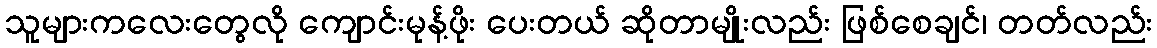
သူများကလေးတွေလို ကျောင်းမုန့်ဖိုး ပေးတယ် ဆိုတာမျိုးလည်း ဖြစ်စေချင်၊ တတ်လည်း